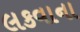
લકવાના